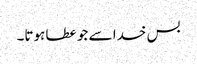
بس خدا سے جو عطا ہوتا۔